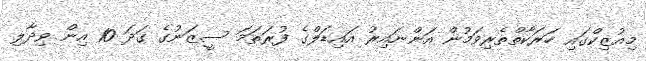
މިއުޒިކްގައި ހަރަކާތްތެރިވަމުން އަންނައިރު އައިޑަލްގެ ފުރަތަމަ ސީޒަނުގެ ގަދަ 10 އިން ވިދާލި